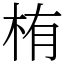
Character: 栯